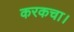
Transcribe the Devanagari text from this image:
करकचा।